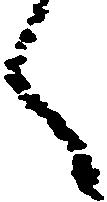
く